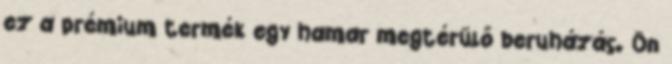
ez a prémium termék egy hamar megtérülő beruházás. Ön